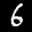
Label: 6